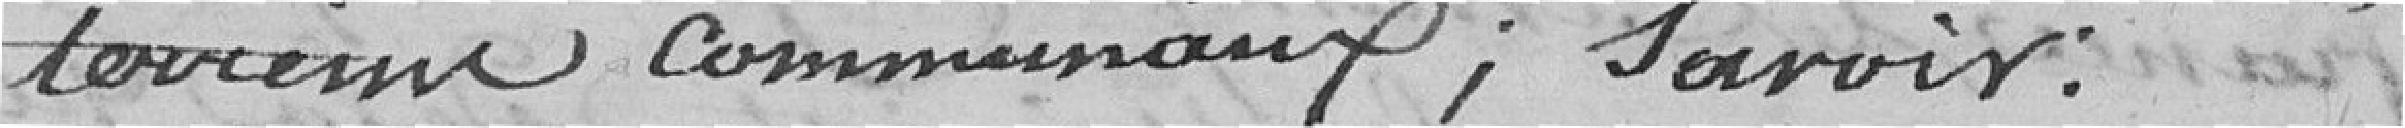
terrains communaux; savoir